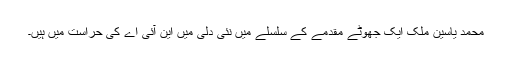
محمد یاسین ملک ایک جھوٹے مقدمے کے سلسلے میں نئی دلی میں این آئی اے کی حراست میں ہیں۔